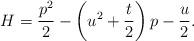
LaTeX: \begin{gather*}H = \frac{p^2}{2} -\left(u^2 +\frac{t}{2}\right)p -\frac{u}{2}.\end{gather*}